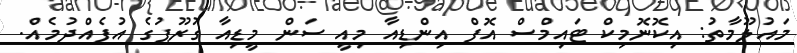
މައުލޫމާތު: އިކޮނޮމިކް ޓައިމްސް އޮފް އިންޑިއާ މިއީ ސަން މީޑިއާ ގުރޫޕުގެ އުފެއްދުމެއް.